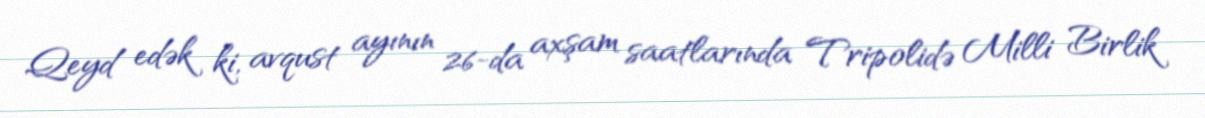
Qeyd edək ki, avqust ayının 26-da axşam saatlarında Tripolidə Milli Birlik